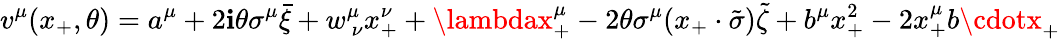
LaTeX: v^{\mu}(x_{+},\theta)=a^{\mu}+2\mathbf{i}\theta\sigma^{\mu}\bar{{\xi}}+w_{~\nu}^{\mu}x_{+}^{\nu}+\lambdax_{+}^{\mu}-2\theta\sigma^{\mu}(x_{+}\cdot\tilde{{\sigma}})\tilde{{\zeta}}+b^{\mu}x_{+}^{2}-2x_{+}^{\mu}b\cdotx_{+}